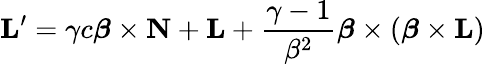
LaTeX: \mathbf{L}^{\prime}=\gamma c{\boldsymbol{\beta}}\times\mathbf{N}+\mathbf{L}+{\frac{\gamma-1}{\beta^{2}}}{\boldsymbol{\beta}}\times({\boldsymbol{\beta}}\times\mathbf{L})